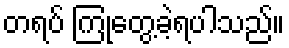
တရပ် ကြုံတွေ့ခဲ့ရပါသည်။